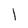
Character: l